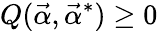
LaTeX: Q(\vec{\alpha},\vec{\alpha}^{*})\geq 0